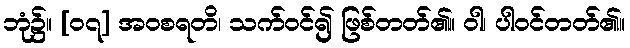
ဘုံ၌။ [၀၇] အဝစရတိ၊ သက်ဝင်၍ ဖြစ်တတ်၏။ ဝါ၊ ပါဝင်တတ်၏။